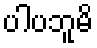
ပါပဘူမိ